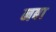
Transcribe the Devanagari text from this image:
नबा